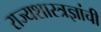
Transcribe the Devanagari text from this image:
राज्यशास्त्रज्ञांची